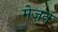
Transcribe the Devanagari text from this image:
मेज़न